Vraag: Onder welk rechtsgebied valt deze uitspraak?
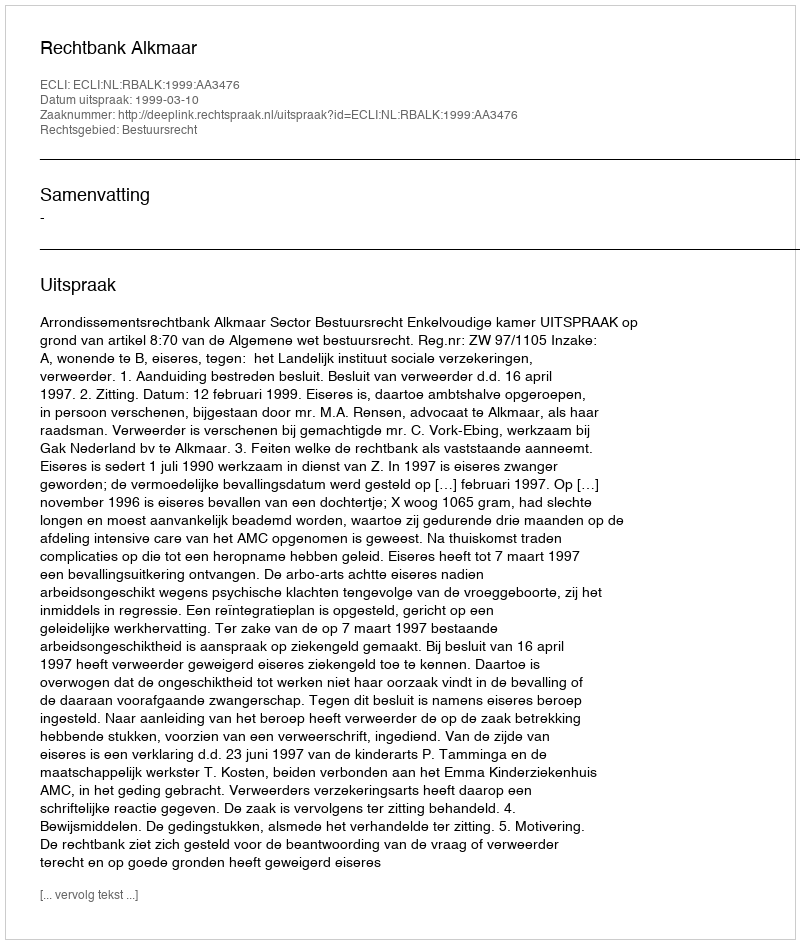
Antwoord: Bestuursrecht